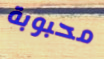
محبوبة